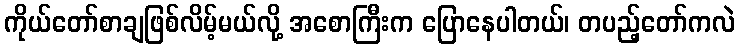
ကိုယ်တော်စာချဖြစ်လိမ့်မယ်လို့ အစောကြီးက ပြောနေပါတယ်၊ တပည့်တော်ကလဲ